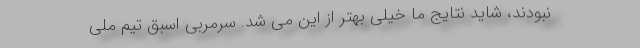
نبودند، شاید نتایج ما خیلی بهتر از این می شد. سرمربی اسبق تیم ملی